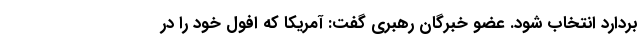
بردارد انتخاب شود. عضو خبرگان رهبری گفت: آمریکا که افول خود را در